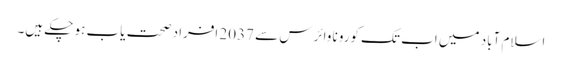
اسلام آباد میں اب تک کورونا وائرس سے 2037 افراد صحت یاب ہو چکے ہیں۔